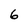
Character: 6